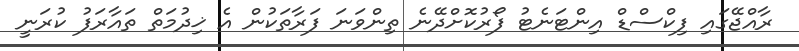
ރާއްޖޭގައި ފިކްސްޑް އިންޓަނެޓު ފޯރުކޮށްދޭނެ ތިންވަނަ ފަރާތަކުން އެ ޚިދުމަތް ތައާރަފު ކުރަނީ